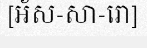
[អ័ស-សា-រោ]